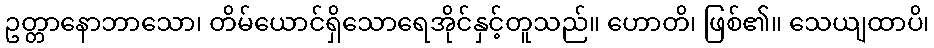
ဥတ္တာနောဘာသော၊ တိမ်ယောင်ရှိသောရေအိုင်နှင့်တူသည်။ ဟောတိ၊ ဖြစ်၏။ သေယျထာပိ၊